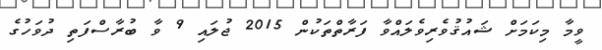
ވީމާ މިކަމަށް ޝައުޤުވެރިވެލައްވާ ފަރާތްތަކުން 2015 ޖުލައި 9 ވާ ބުރާސްފަތި ދުވަހުގެ